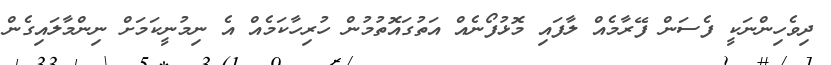
ދިވެހިންނަކީ ފެސަން ފޭރާމެއް ލާފައި މޮޅުފޯނެއް އަތުގައޮތުމުން ހުރިހާކަމެއް އެ ނިމުނީކަމަށް ނިންމާލައިގެން